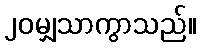
၂၀မျှသာကွာသည်။